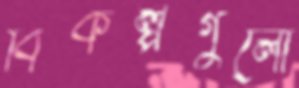
বিকল্পগুলো